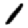
Digit: 1